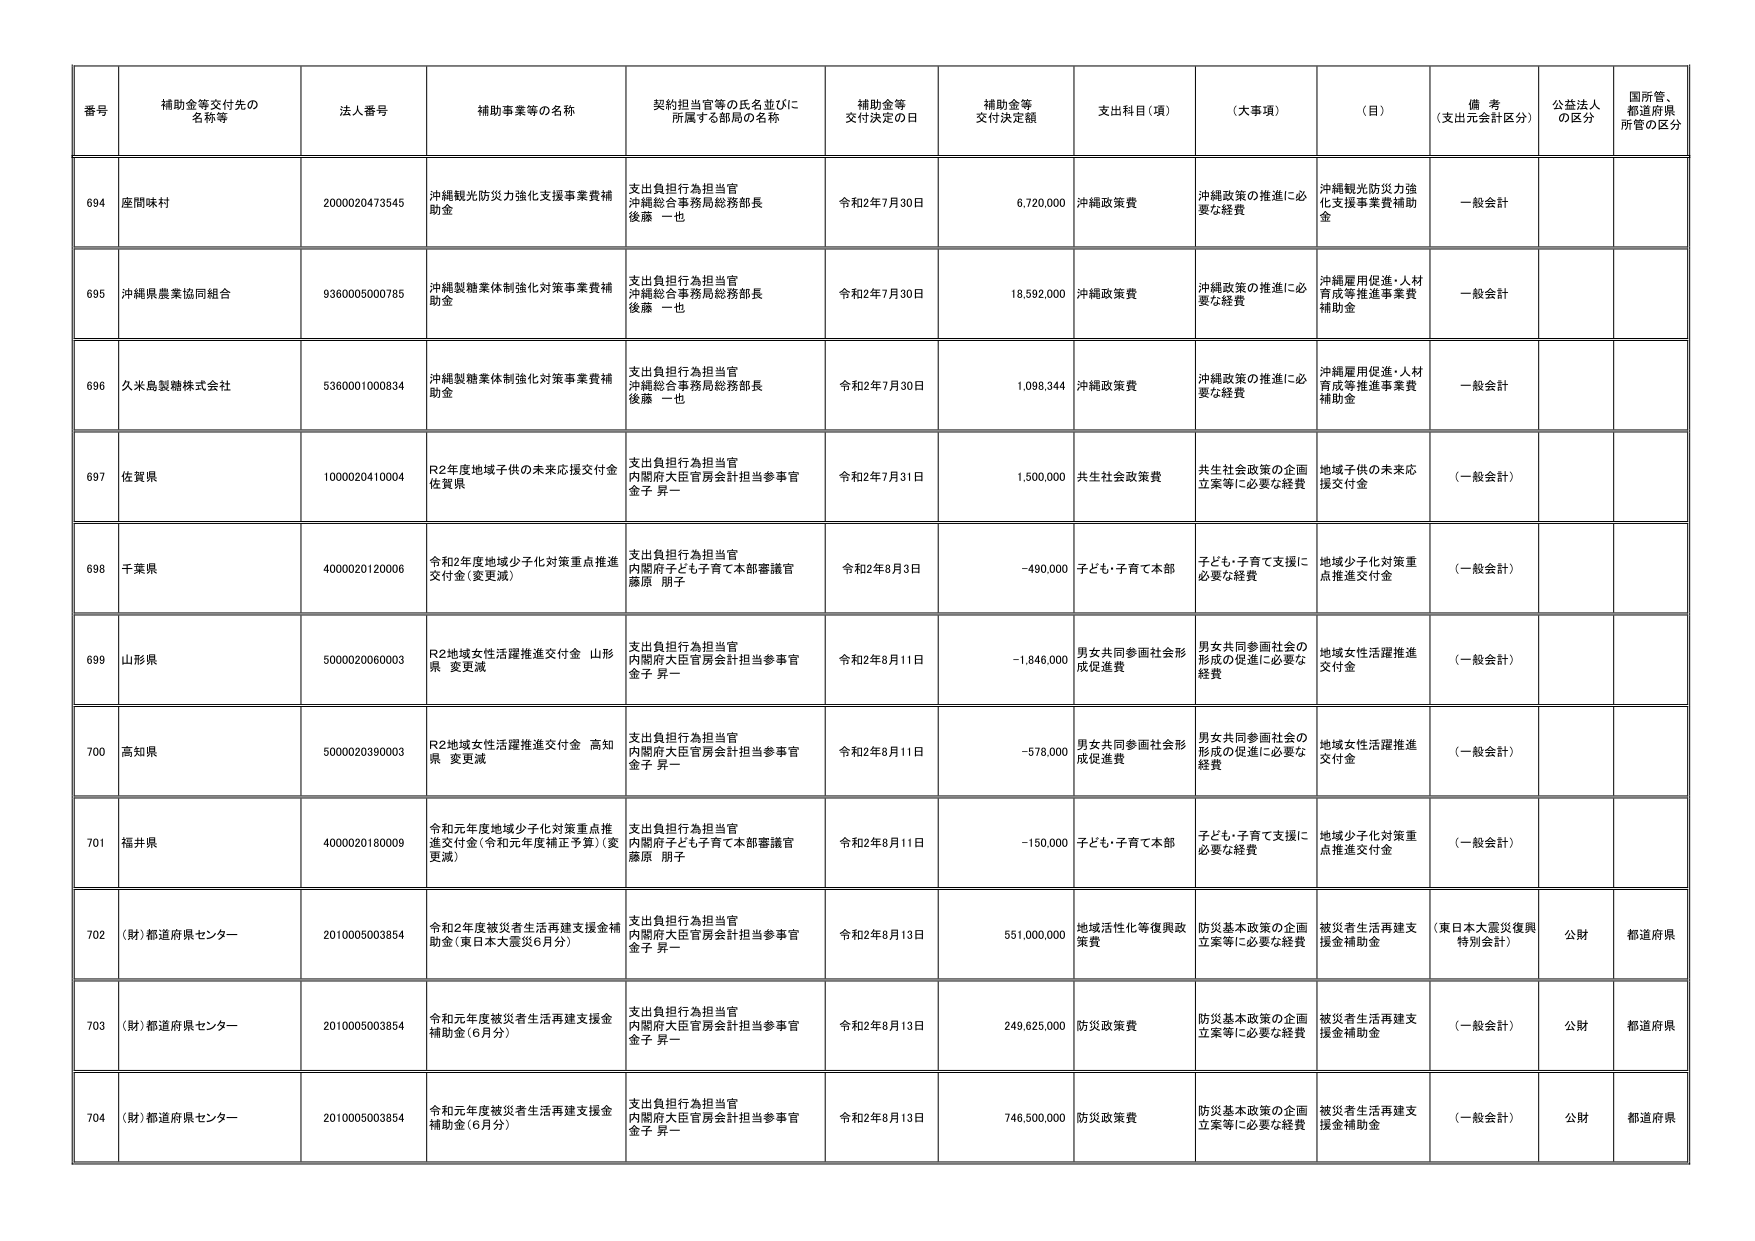
番号 補助金等交付先の名称等 法人番号 補助事業等の名称 契約担当官等の氏名並びに所属する部局の名称 補助金等交付決定の日 補助金等交付決定額 支出科目（項） （大事項） （目） 備考（支出元会計区分） 公益法人の区分 国所管、都道府県所管の区分

694 座間味村 2000020473545 沖縄観光防災力強化支援事業費補助金 支出負担行為担当官 沖縄総合事務局総務部長 後藤 一也 令和2年7月30日 6,720,000 沖縄政策費 沖縄政策の推進に必要な経費 沖縄観光防災力強化支援事業費補助金 一般会計

695 沖縄県農業協同組合 9360005000785 沖縄製糖業体制強化対策事業費補助金 支出負担行為担当官 沖縄総合事務局総務部長 後藤 一也 令和2年7月30日 18,592,000 沖縄政策費 沖縄政策の推進に必要な経費 沖縄雇用促進・人材育成等推進事業費補助金 一般会計

696 久米島製糖株式会社 5360001000834 沖縄製糖業体制強化対策事業費補助金 支出負担行為担当官 沖縄総合事務局総務部長 後藤 一也 令和2年7月30日 1,098,344 沖縄政策費 沖縄政策の推進に必要な経費 沖縄雇用促進・人材育成等推進事業費補助金 一般会計

697 佐賀県 1000020410004 R2年度地域子供の未来応援交付金 佐賀県 支出負担行為担当官 内閣府大臣官房会計担当参事官 金子 昇一 令和2年7月31日 1,500,000 共生社会政策費 共生社会政策の企画立案等に必要な経費 地域子供の未来応援交付金 （一般会計）

698 千葉県 4000020120006 令和2年度地域少子化対策重点推進交付金（変更減） 支出負担行為担当官 内閣府子ども・子育て本部審議官 藤原 朋子 令和2年8月3日 -490,000 子ども・子育て本部 子ども・子育て支援に必要な経費 地域少子化対策重点推進交付金 （一般会計）

699 山形県 5000020060003 R2地域女性活躍推進交付金 山形県 変更減 支出負担行為担当官 内閣府大臣官房会計担当参事官 金子 昇一 令和2年8月11日 -1,846,000 男女共同参画社会形成促進費 男女共同参画社会の形成の促進に必要な経費 地域女性活躍推進交付金 （一般会計）

700 高知県 5000020390003 R2地域女性活躍推進交付金 高知県 変更減 支出負担行為担当官 内閣府大臣官房会計担当参事官 金子 昇一 令和2年8月11日 -578,000 男女共同参画社会形成促進費 男女共同参画社会の形成の促進に必要な経費 地域女性活躍推進交付金 （一般会計）

701 福井県 4000020180009 令和元年度地域少子化対策重点推進交付金（令和元年度補正予算）（変更減） 支出負担行為担当官 内閣府子ども・子育て本部審議官 藤原 朋子 令和2年8月11日 -150,000 子ども・子育て本部 子ども・子育て支援に必要な経費 地域少子化対策重点推進交付金 （一般会計）

702 （財）都道府県センター 2010005003854 令和2年度被災者生活再建支援金補助金（東日本大震災6月分） 支出負担行為担当官 内閣府大臣官房会計担当参事官 金子 昇一 令和2年8月13日 551,000,000 地域活性化等復興政策費 防災基本政策の企画立案等に必要な経費 被災者生活再建支援金補助金 （東日本大震災復興特別会計） 公財 都道府県

703 （財）都道府県センター 2010005003854 令和元年度被災者生活再建支援金補助金（6月分） 支出負担行為担当官 内閣府大臣官房会計担当参事官 金子 昇一 令和2年8月13日 249,625,000 防災政策費 防災基本政策の企画立案等に必要な経費 被災者生活再建支援金補助金 （一般会計） 公財 都道府県

704 （財）都道府県センター 2010005003854 令和元年度被災者生活再建支援金補助金（6月分） 支出負担行為担当官 内閣府大臣官房会計担当参事官 金子 昇一 令和2年8月13日 746,500,000 防災政策費 防災基本政策の企画立案等に必要な経費 被災者生活再建支援金補助金 （一般会計） 公財 都道府県